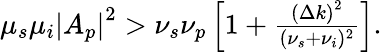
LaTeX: \begin{array}{r}{\mu_{s}\mu_{i}\left|A_{p}\right|^{2}>\nu_{s}\nu_{p}\left[1+\frac{\left(\Delta k\right)^{2}}{(\nu_{s}+\nu_{i})^{2}}\right].}\end{array}